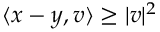
\langle x - y , v \rangle \geq | v | ^ { 2 }